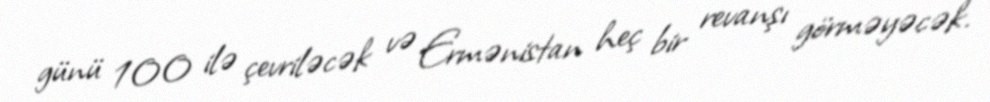
günü 100 ilə çevriləcək və Ermənistan heç bir revanşı görməyəcək.